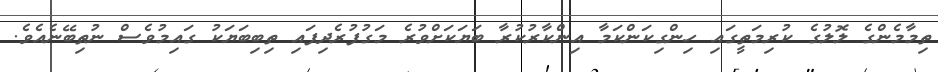
ތިމާމެންގެ ލޮލުގެ ކުރިމަތީގައި ހިންގިކަންކަމާ އިންކާރުކުރާ ބަޔަކަށްވުރެ މަގުފުރެދިފައި ތިބިބަޔަކު ގައިމުވެސް ނުތިބޭނެއެވެ.